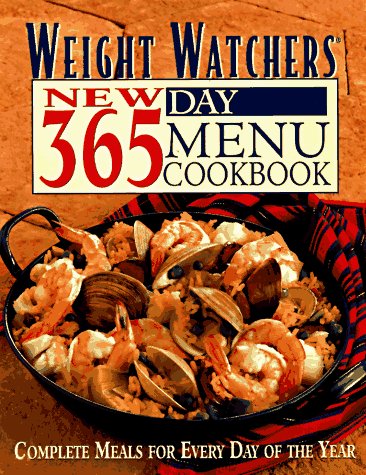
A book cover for Weight Watchers New 365-Day Menu Cookbook: Complete Meals for Every Day of the Year; Weight Watchers; Health, Fitness & Dieting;